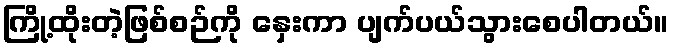
ကြို့ထိုးတဲ့ဖြစ်စဉ်ကို နှေးကာ ပျက်ပယ်သွားစေပါတယ်။